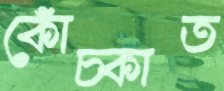
কোঁচ্‌কাত